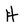
Character: H